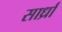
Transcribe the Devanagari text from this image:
सार्ध्रां